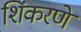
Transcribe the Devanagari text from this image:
शिंकरणे